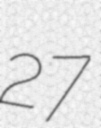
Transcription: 27